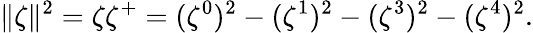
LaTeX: \| \zeta\| ^{2}=\zeta{\zeta}^{+}=(\zeta^{0})^{2}-(\zeta^{1})^{2}-(\zeta^{3})^{2}-(\zeta^{4})^{2}.